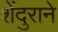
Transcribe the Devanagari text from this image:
शेंदुराने